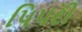
પિપરી